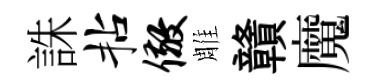
誅拈儆雕贛魔